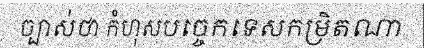
ច្បាស់ថា កំហុសបច្ចេកទេសកម្រិតណា